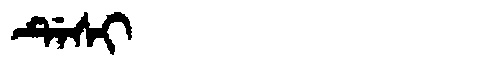
Manchu: ᡩᡝᠰᡳ
Romanization: DESI